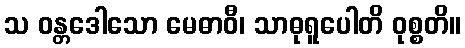
သ ဝန္တဒေါသော မေဓာဝီ၊ သာဓုရူပေါတိ ဝုစ္စတိ။